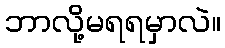
ဘာလို့မရရမှာလဲ။